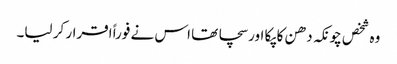
وہ شخص چونکہ دھن کا پکا اور سچا تھا اس نے فوراً اقرار کر لیا۔